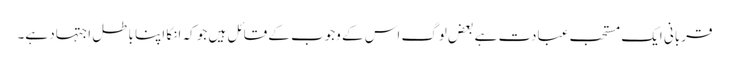
قربانی ایک مستحب عبادت ہے بعض لوگ اس کے وجوب کے قائل ہیں جو کہ انکا اپنا باطل اجتہاد ہے۔